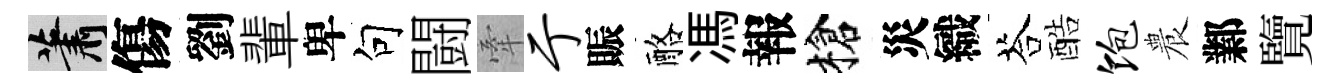
蕭傷劉輩卑句闘牽亍賑酪馮報槍災織荅酷饱農鄴覽